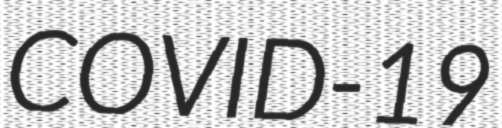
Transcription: COVID-19